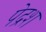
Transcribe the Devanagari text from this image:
पेद्रश